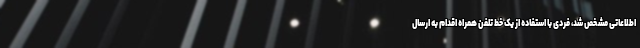
اطلاعاتی مشخص شد، فردی با استفاده از یک خط تلفن همراه اقدام به ارسال